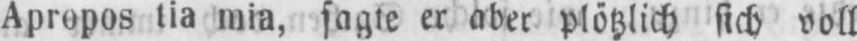
Apropos tia mia sagte er aber plötzlich sich voll